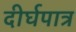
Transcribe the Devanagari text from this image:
दीर्घपात्र